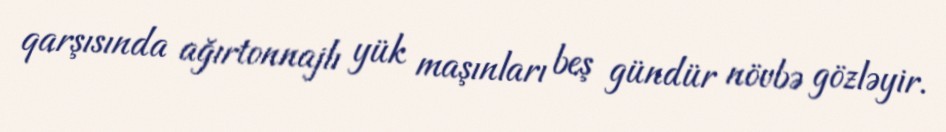
qarşısında ağırtonnajlı yük maşınları beş gündür növbə gözləyir.